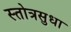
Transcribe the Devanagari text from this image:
स्तोत्रसुधा